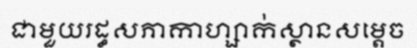
ជាមួយរដ្ធសភាកាហ្សាក់ស្ថានសម្តេច